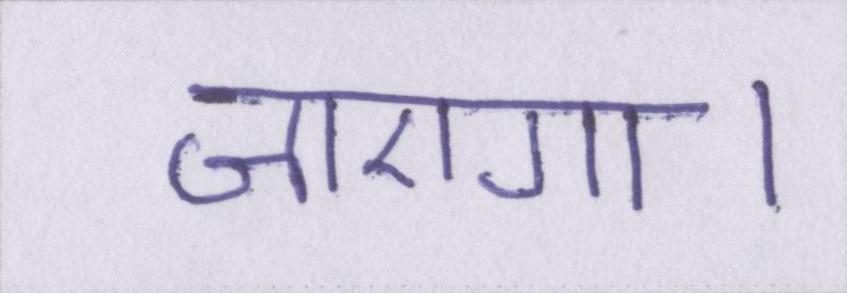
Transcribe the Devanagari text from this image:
जाएगा।